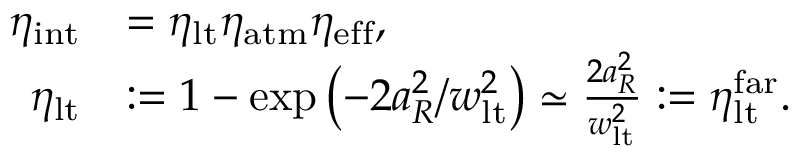
\begin{array} { r l } { \eta _ { \mathrm { i n t } } } & { = \eta _ { \mathrm { l t } } \eta _ { \mathrm { a t m } } \eta _ { \mathrm { e f f } } , } \\ { \eta _ { \mathrm { l t } } } & { : = 1 - \exp \left( - 2 a _ { R } ^ { 2 } / w _ { \mathrm { l t } } ^ { 2 } \right) \simeq \frac { 2 a _ { R } ^ { 2 } } { w _ { \mathrm { l t } } ^ { 2 } } : = \eta _ { \mathrm { l t } } ^ { \mathrm { f a r } } . } \end{array}